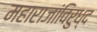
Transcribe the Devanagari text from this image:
महाराजांविरुध्द